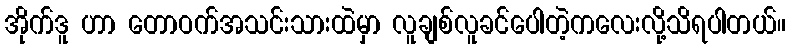
အိုက်ဒူ ဟာ တောဝက်အသင်းသားထဲမှာ လူချစ်လူခင်ပေါတဲ့ကလေးလို့သိရပါတယ်။